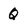
Character: Q